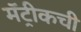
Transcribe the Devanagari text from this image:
मॅट्रीकची